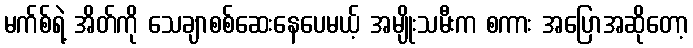
မက်စ်ရဲ့ အိတ်ကို သေချာစစ်ဆေးနေပေမယ့် အမျိုးသမီးက စကား အပြောအဆိုတော့